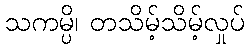
သကမ္ပိ၊ တသိမ့်သိမ့်လှုပ်